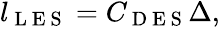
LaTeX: \begin{array}{r}{l_{\mathrm{~L~E~S~}}=C_{\mathrm{~D~E~S~}}\Delta,}\end{array}